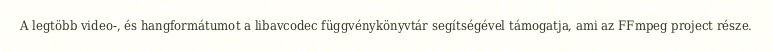
A legtöbb video-, és hangformátumot a libavcodec függvénykönyvtár segítségével támogatja, ami az FFmpeg project része.